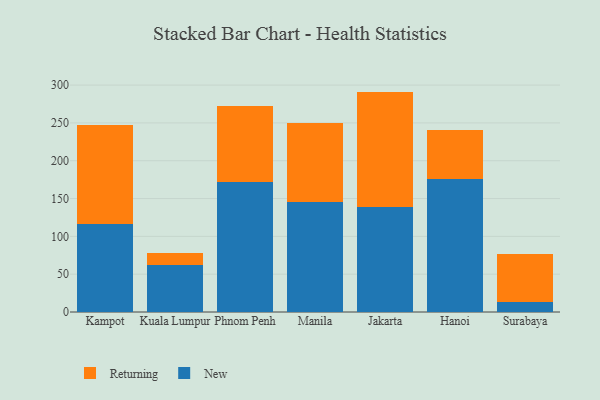
{"axis": {"x": "City", "y": "LTV (USD)"}, "legend": ["New", "Returning"], "data": [{"x": "Kampot", "y": 116.5, "type": "New"}, {"x": "Kampot", "y": 131.2, "type": "Returning"}, {"x": "Kuala Lumpur", "y": 62.8, "type": "New"}, {"x": "Kuala Lumpur", "y": 15.1, "type": "Returning"}, {"x": "Phnom Penh", "y": 172.4, "type": "New"}, {"x": "Phnom Penh", "y": 100.4, "type": "Returning"}, {"x": "Manila", "y": 146.0, "type": "New"}, {"x": "Manila", "y": 104.2, "type": "Returning"}, {"x": "Jakarta", "y": 139.2, "type": "New"}, {"x": "Jakarta", "y": 152.2, "type": "Returning"}, {"x": "Hanoi", "y": 175.6, "type": "New"}, {"x": "Hanoi", "y": 65.2, "type": "Returning"}, {"x": "Surabaya", "y": 13.8, "type": "New"}, {"x": "Surabaya", "y": 62.3, "type": "Returning"}]}